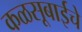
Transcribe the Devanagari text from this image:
कळसूबाईचे